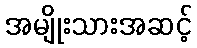
အမျိုးသားအဆင့်